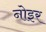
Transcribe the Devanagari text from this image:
नोइर